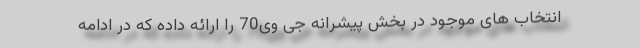
انتخاب های موجود در بخش پیشرانه جی وی70 را ارائه داده که در ادامه